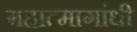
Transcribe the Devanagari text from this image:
महात्मागांधी